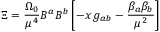
\Xi = \frac { \Omega _ { 0 } } { \mu ^ { 4 } } B ^ { a } B ^ { b } \left[ - x \, g _ { a b } - \frac { \beta _ { a } \beta _ { b } } { \mu ^ { 2 } } \right]